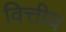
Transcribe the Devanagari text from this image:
वित्तीय